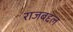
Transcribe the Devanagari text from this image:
राजबद्दल